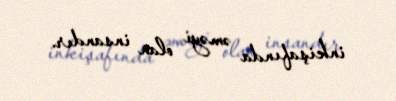
inkişafında əməyi olan insandır.